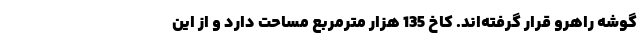
گوشه راهرو قرار گرفته‌اند. کاخ 135 هزار مترمربع مساحت دارد و از این